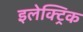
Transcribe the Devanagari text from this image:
इलेक्‍ट्रिक